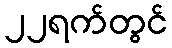
၂၂ရက်တွင်